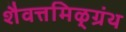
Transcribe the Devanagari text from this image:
शैवत्तमिऴ्‌ग्रंथ